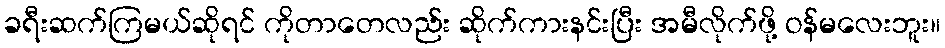
ခရီးဆက်ကြမယ်ဆိုရင် ကိုတာတေလည်း ဆိုက်ကားနင်းပြီး အမီလိုက်ဖို့ ဝန်မလေးဘူး။